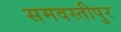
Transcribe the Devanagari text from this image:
समवस्तीपुर